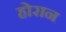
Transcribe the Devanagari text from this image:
होरान